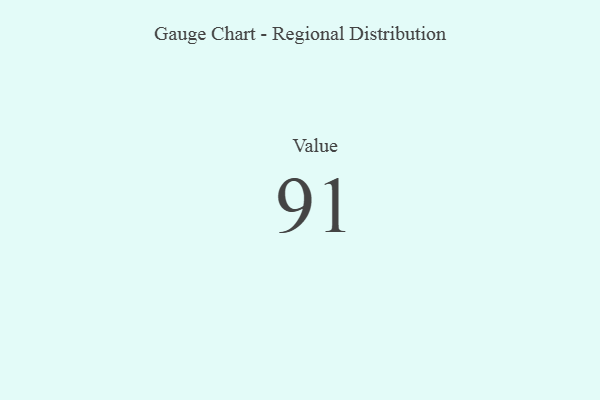
{"axis": {"x": "Metric", "y": "Value"}, "legend": [""], "data": [{"x": "Value", "y": 91, "type": ""}]}